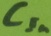
Text: CIn